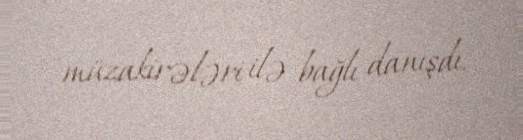
müzakirələri ilə bağlı danışdı.